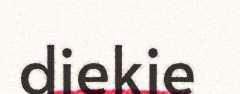
diekie